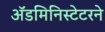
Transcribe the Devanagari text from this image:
ॲडमिनिस्टेटरने